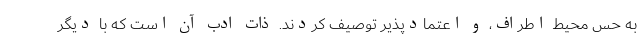
به حس محیط اطراف، و اعتمادپذیر توصیف کردند. ذات ادب آن است که با دیگر